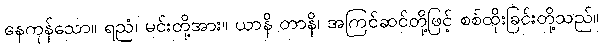
နေကုန်သော။ ရညံ၊ မင်းတို့အား။ ယာနိ တာနိ၊ အကြင်ဆင်တို့ဖြင့် စစ်ထိုးခြင်းတို့သည်။